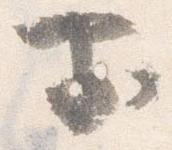
前